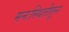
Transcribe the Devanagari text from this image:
मनःस्थितीतून